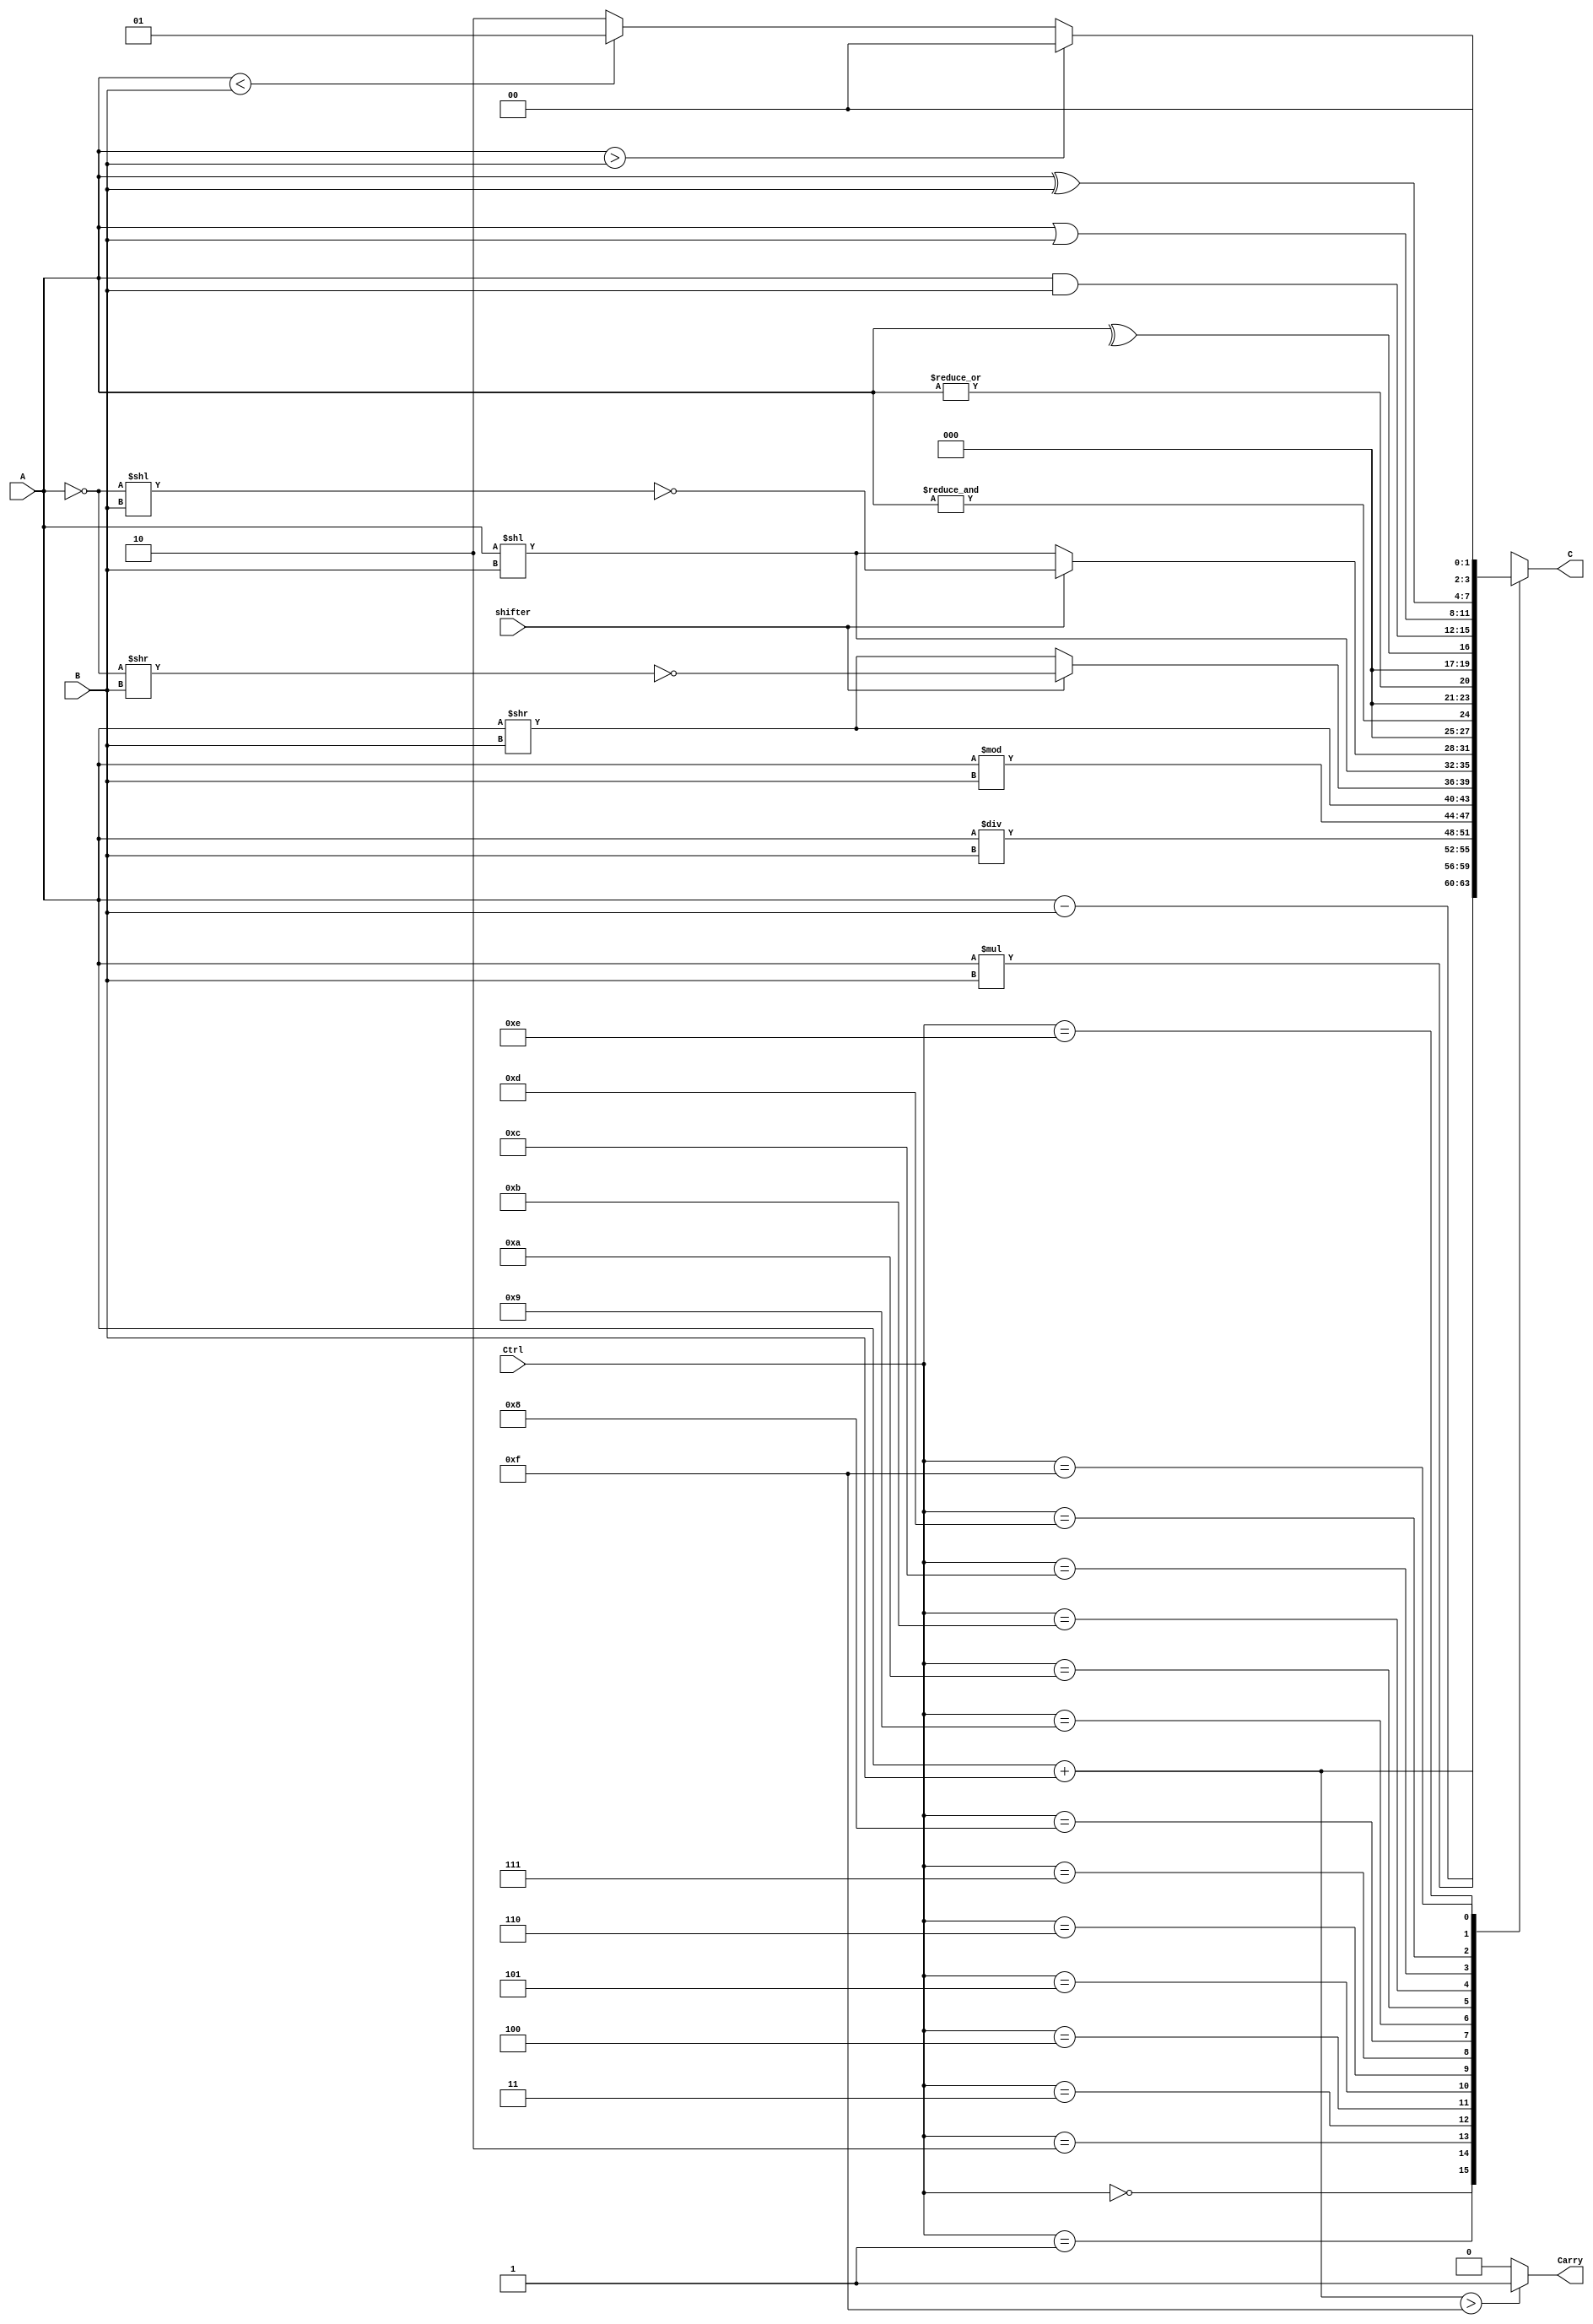
module Alu
#(
    parameter WORD_LENGTH = 4
)
(
    input [WORD_LENGTH-1:0]A,
    input [WORD_LENGTH-1:0]B,
    input [3:0]Ctrl,
	 input shifter,

    output Carry,
    output [WORD_LENGTH-1:0] C
);

reg [WORD_LENGTH-1:0]mask = {WORD_LENGTH{1'b1}};
reg [WORD_LENGTH-1:0]c_reg;
reg carry_reg;
reg [WORD_LENGTH-1:0]c_temp_reg;
reg [WORD_LENGTH-1:0]A_temp;

always @(*) begin

	case (Ctrl)
	
	
	4'b0000: c_temp_reg = A + B;
	4'b0001: c_temp_reg = A - B;
	4'b0010: c_temp_reg = A * B;
	4'b0011: c_temp_reg = A / B;
	4'b0100: c_temp_reg = A % B;
	
	
	4'b0101: c_temp_reg = A>>B;
	4'b0110: 
	if(shifter==1'b1)
		c_temp_reg = ~(~A>>B);
	else
		c_temp_reg = A>>B;
	4'b0111: c_temp_reg = A<<B;
	4'b1000: 
	if(shifter==1'b1)
		c_temp_reg = ~(~A<<B);
	else
		c_temp_reg = A<<B;
		
	4'b1001: c_temp_reg = &A;
	4'b1010: c_temp_reg = |A;
	4'b1011: c_temp_reg = ^A;
	
	
	4'b1100: c_temp_reg = A & B;
	4'b1101: c_temp_reg = A | B;
	4'b1110: c_temp_reg = A ^ B; 
	
	4'b1111: begin 
		if(A>B)c_temp_reg = 0;
		else if (A<B)c_temp_reg = 1;
		else c_temp_reg = 2;
		end
	default: c_temp_reg = 0; 
	endcase

	if (A+B > mask)
	begin
		carry_reg = 1'b1;
	end
	else begin
		carry_reg = 1'b0;
	end
	
   c_reg = c_temp_reg[WORD_LENGTH-1:0];

end

assign C = c_reg;
assign Carry = carry_reg;    
	 
endmodule